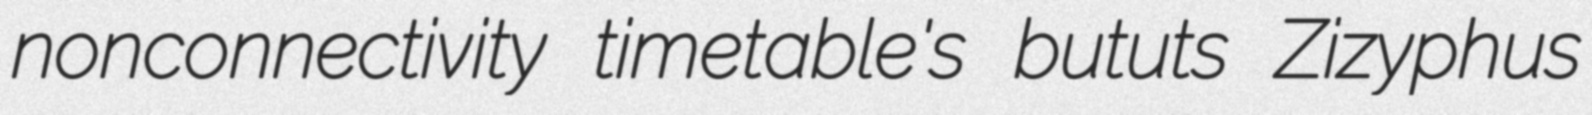
nonconnectivity timetable's bututs Zizyphus